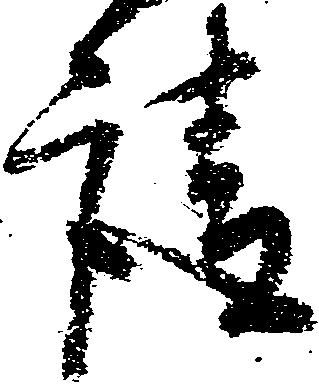
請